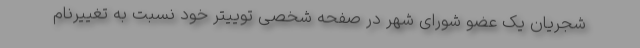
شجریان یک عضو شورای شهر در صفحه شخصی توییتر خود نسبت به تغییرنام